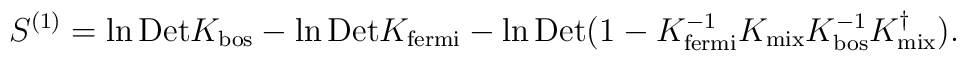
S^{(1)}= \ln {\rm Det} K_{\mbox{\scriptsize bos}} -\ln {\rm Det} K_{\mbox{\scriptsize fermi}}-\ln {\rm Det} (1- K^{-1}_{\mbox{\scriptsize fermi}}K_{\mbox{\scriptsize mix}}K^{-1}_{\mbox{\scriptsize bos}}K^\dagger_{\mbox{\scriptsize mix}}).